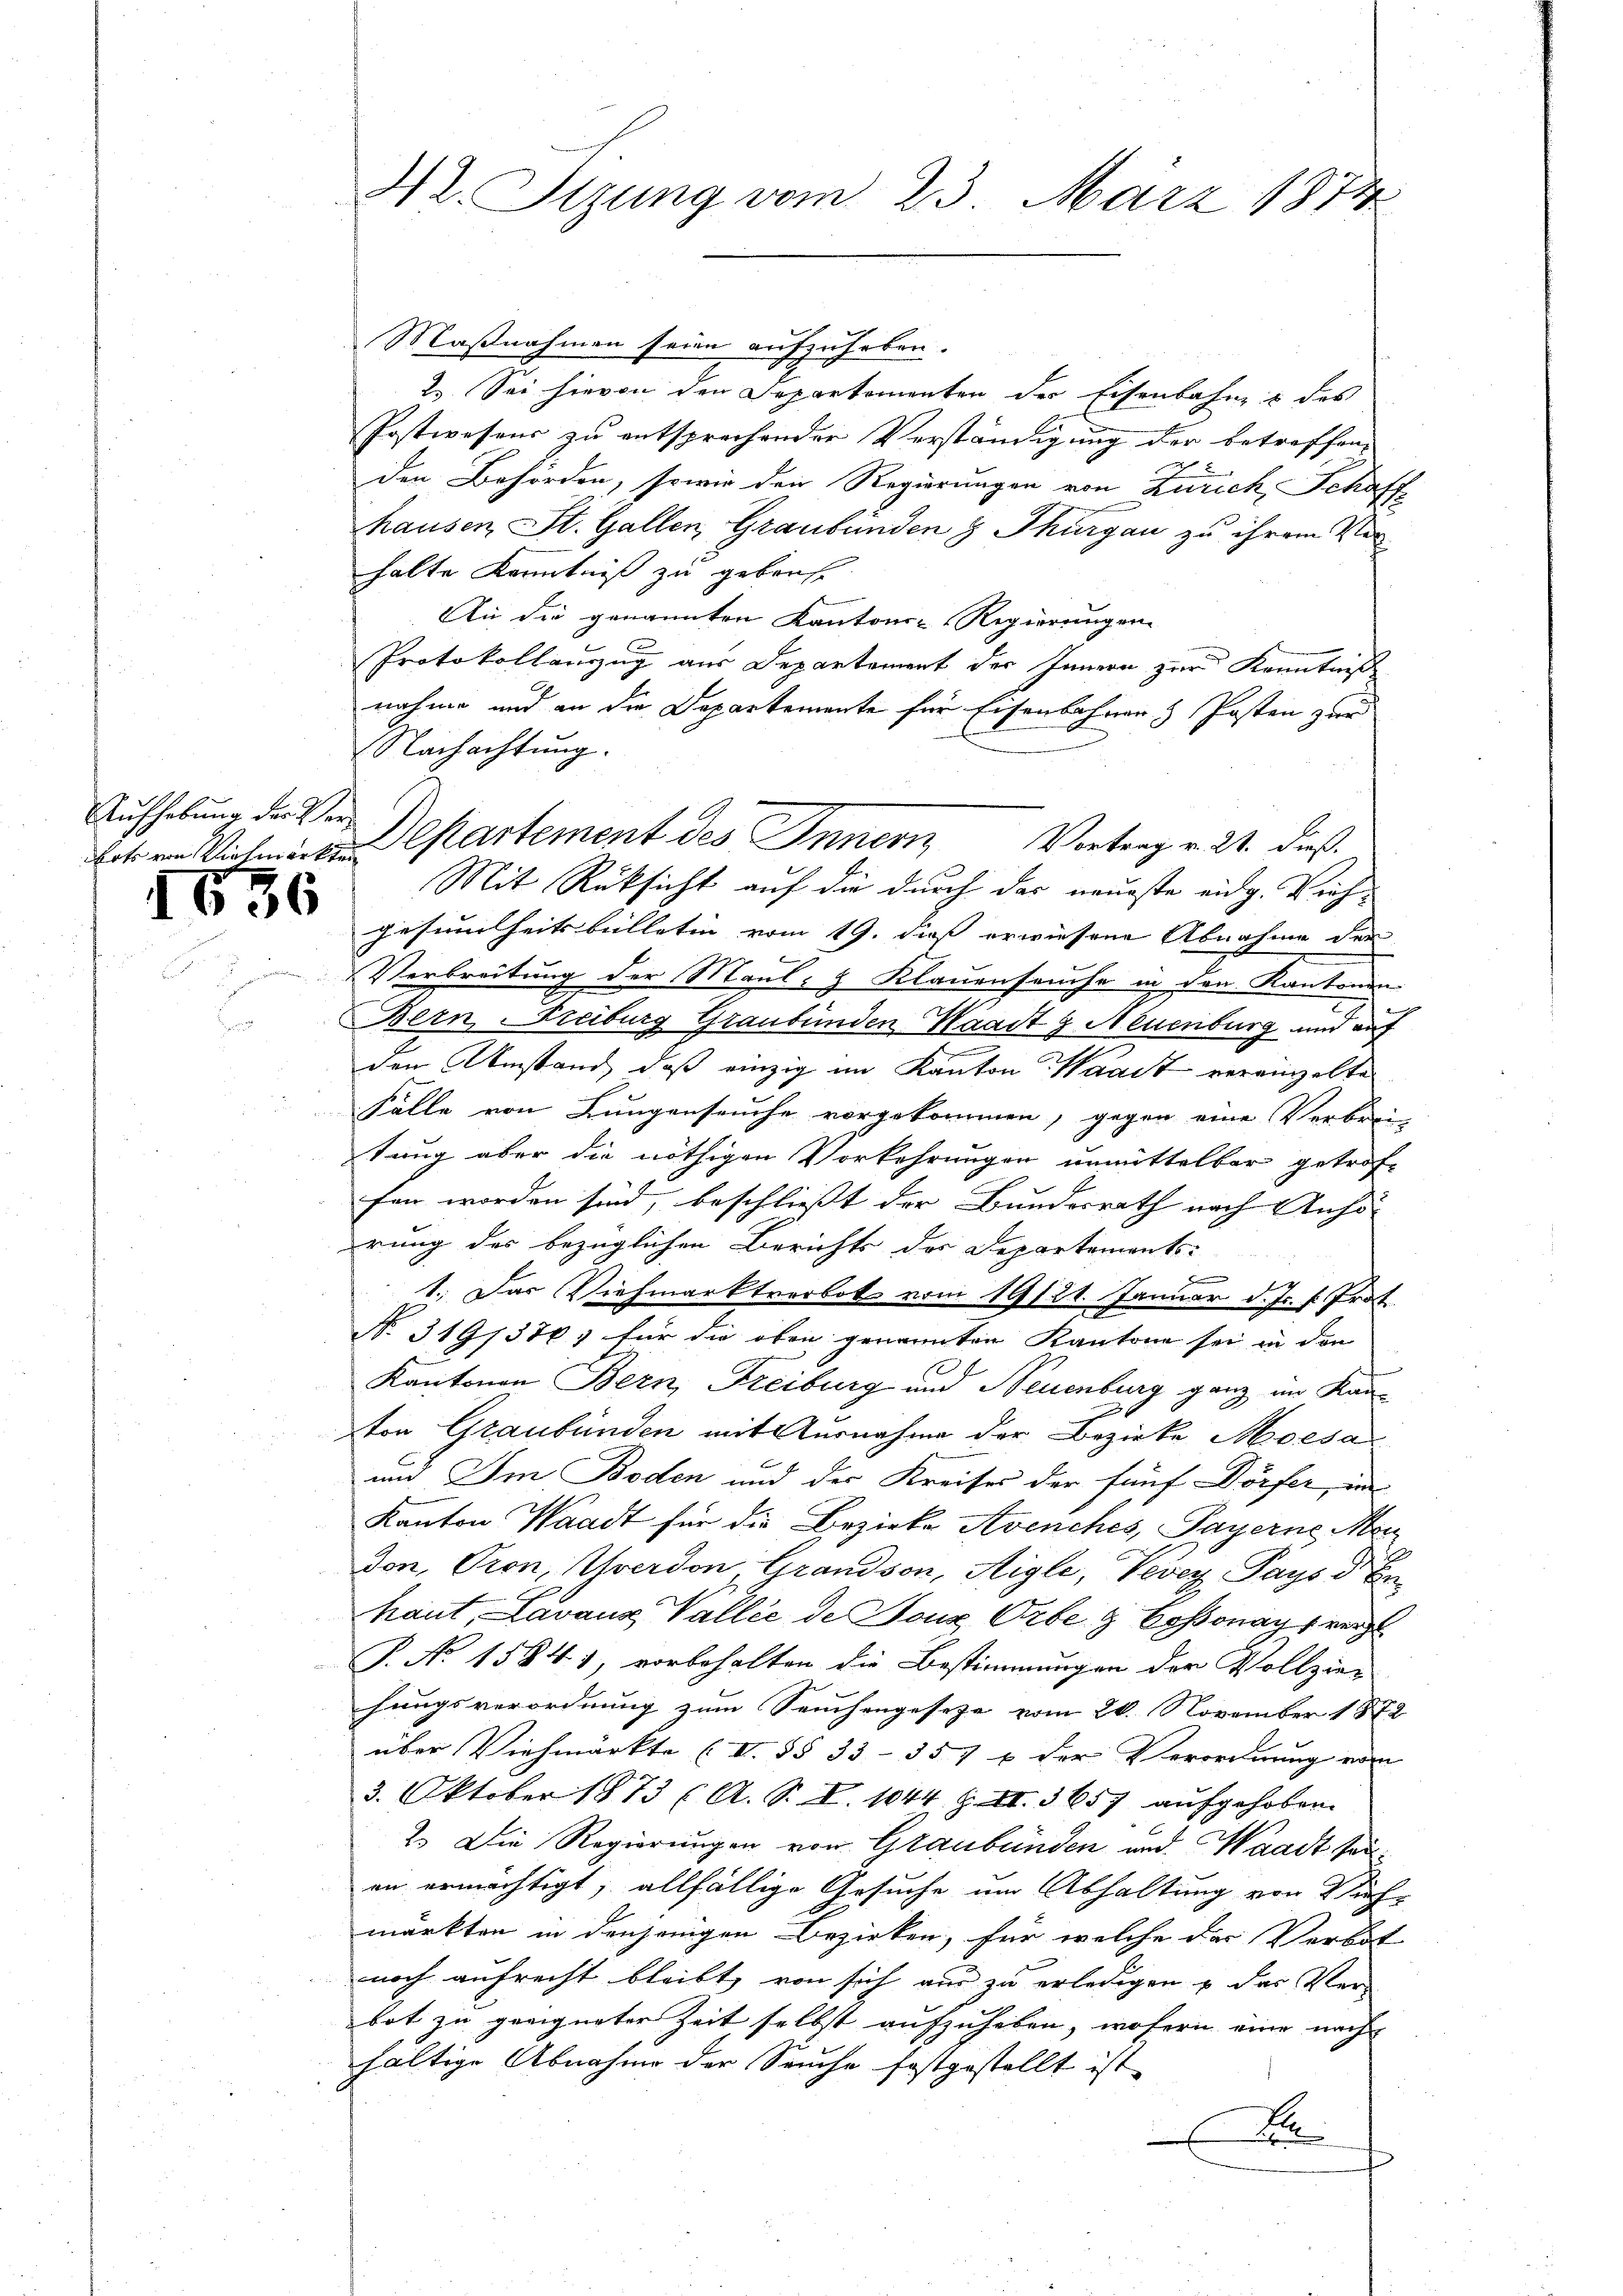
Aufhebung der Ver-
bots von Viehmarkten

I36

42. Stzung vom 23. März 1874

Maßnahmen seien aufzuheben.
2. Sei hievon den Departementen der Eisenbahn & des
Postwesens zu entsprechender Verständigung der betreffen,
den Behörden, sowie den Regierungen von Zürich, Schaffhausen St. Gallen, Graubünden 8 Thurgau zu ihrem Vorhalte Kenntniß zu gebroche
An die genannten Kantons-Regierungen
Protokollanzug aus Departement der Innern zur Kenntniß
nahme und an die Departemente für Eisenbahnen Posten zur
Nachachtŭng.
Mit Rüksicht auf die durch das neueste eidg. Viehgesundheitsbilletin vom 19. dieß erwiesene Abnahme der
Verbreitung der Maul- & Klauenseuche in den Kantonen
Bern, Freiburg Graubünden Waadt g Neuenburg und auf
den Umstand, daß einzig im Kanton Waadt vereinzelte
Fälle von Lungenseuche vorgekommen, gegen eine Verbreitung aber die nöthigen Vorkehrungen unmittelbar getrof-
fen worden sind, beschliesst der Bundesrath nach Anhö
rung des bezüglichen Berichts der Departements-
1. Das Viehmarktverbot vom 19124. Januar d. Js. s. Trot
No 3191376; für die oben genannten Kantone sei in den
Kantonen Bern, Freiburg und Neuenburg ganz im Kanston Graubünden mit Ausnahme der Bezirke Morsa
und Im Boden und der Kreises der fünf Dörfer, in
Kanton Waadt für die Bezirke Avenches, Payerne Men
don, Pron, verdon, Grandson, Aigle, Vevey Pays d En
haut, Lavaux Vallié de Fonz Orbe g Boßonay verz
P. No 15841, vorbehalten die Bestimmungen der Vollzie-
hungsverordnung zum Seuchengesetze vom 26. November 1872
über Viehmärkte (I. §§ 33 - 357 & der Verordnung vom
3. Oktober 1873 (A. S. X. 1044 Z II. 3657 aufgehoben.
2.) Die Regierungen von Graubünden und Waadt sei
an ermächtigt, allfällige Gesuche um Abhaltung von Vieh-
märkten in denjenigen Bezirken, für welche der Verbot
noch aufrecht bleibt, von sich aus zu erledigen & das Ver-
bot zu geeigneter Zeit selbst aufzuheben, wofern eine nach
haltige Abnahme der Seuche festgestellt ist.
A
x

Departement des Innern Vortrag v. 21. dieß